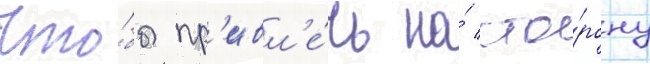
Что́бы пр'ивл'е́чь на́ сто́рону